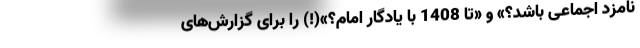
نامزد اجماعی باشد؟» و «تا 1408 با یادگار امام؟»(!) را برای گزارش‌های